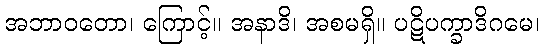
အဘာဝတော၊ ကြောင့်။ အနာဒိ၊ အစမရှိ။ ပဋိပက္ခာဒိဂမေ၊